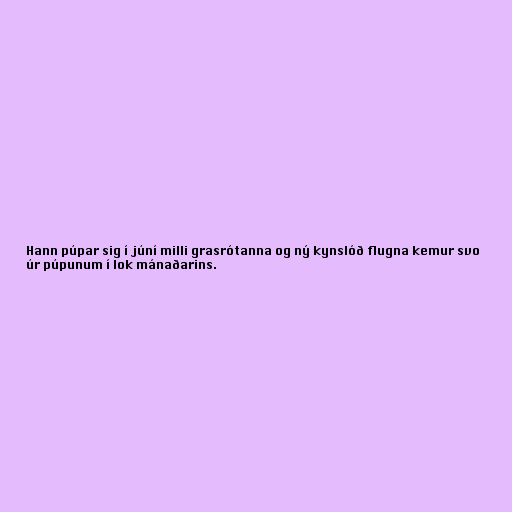
Hann púpar sig í júní milli grasrótanna og ný kynslóð flugna kemur svo
úr púpunum í lok mánaðarins.